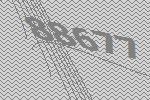
88677